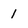
Character: 1